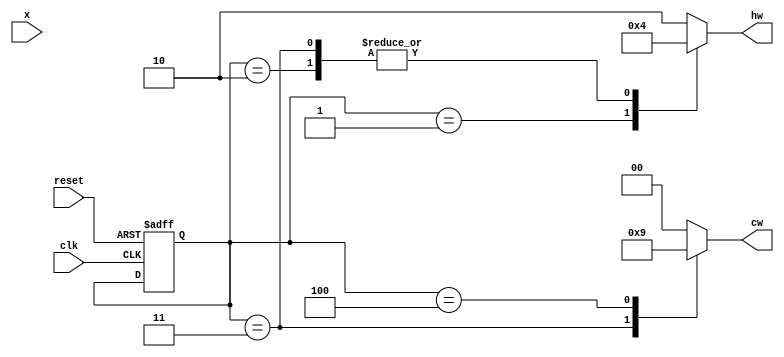

module signal_control( reset, clk , x, hw , cw );
input x;
input clk,reset;
output [1:0]hw,cw;
reg [1:0]hw,cw;
reg [3:0]state,next_state;
parameter S0 = 4'd0;
parameter S1 = 4'd1;
parameter S2 = 4'd2;
parameter S3 = 4'd3;
parameter S4 = 4'd4;
parameter true = 1'b1;
parameter false = 1'b0;
parameter red = 2'b00;
parameter yellow = 2'b01;
parameter green = 2'b10;

always @( posedge clk or posedge reset  ) begin 
    if( reset ) 
        begin 
            state <= S0;
        end
        else 
            next_state <= state;
end
always @( state or x  ) begin
    case ( state )
        S0: begin 
            if( x ) next_state = S1;
        else next_state = S0; 
        end
        S1:  
            next_state = S2;
        S2:  
            next_state = S3;
        S3 : begin 
            if( x ) next_state = S3;
            else next_state = S4;
        end
        S4: next_state = S0;
    endcase      
end
always @( state ) begin
    hw = green;
    cw = red;
    case( state ) 
        S0: ;
        S1: 
            hw = yellow;
        S2:  
            hw = red;
        
        S3:  begin
            hw = red;
            cw = green;
        end
        S4:  
            cw = yellow;  
    endcase
end
endmodule